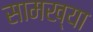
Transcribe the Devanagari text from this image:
सामख्या